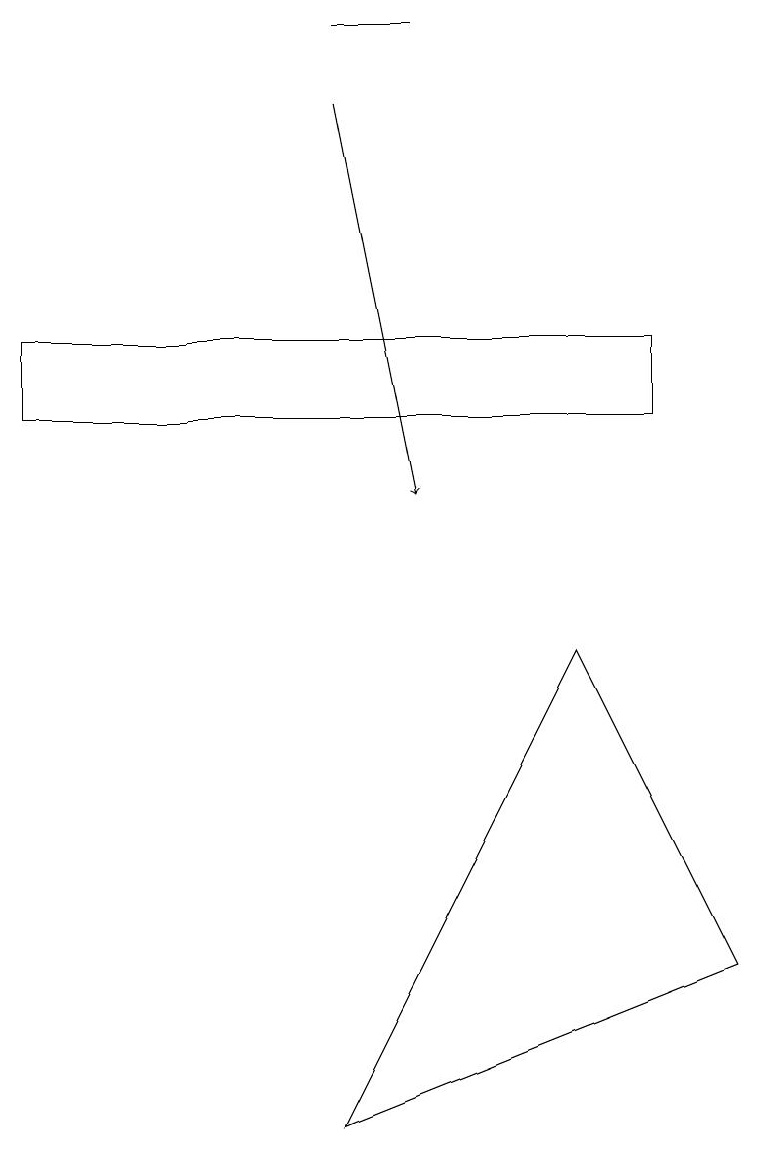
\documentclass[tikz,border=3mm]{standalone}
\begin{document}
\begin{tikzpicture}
\draw[->] (4,15) -- (5,10);
\draw (4,16) rectangle (5,16);
\draw (4,2) -- (7,8) -- (9,4) -- cycle;
\draw (0,11) rectangle (8,12);
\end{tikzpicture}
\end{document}